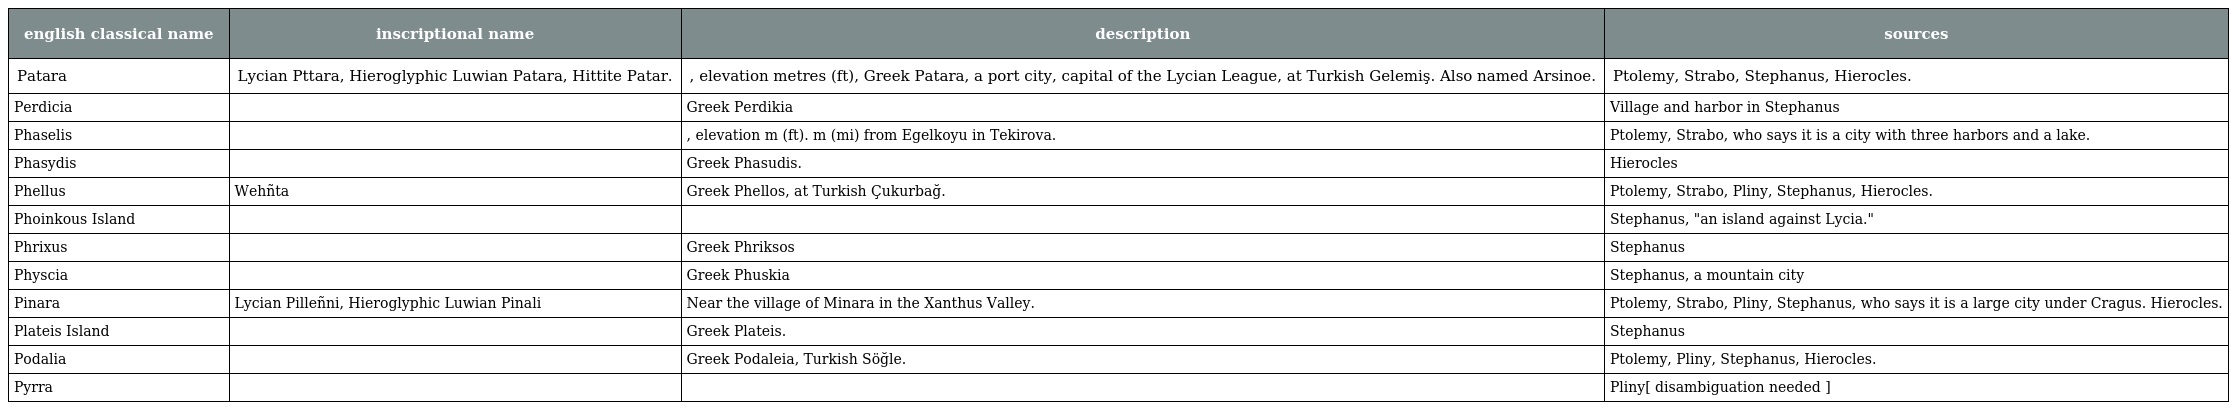
| english classical name | inscriptional name | description | sources |
 | --- | --- | --- | --- |
 | Patara | Lycian Pttara, Hieroglyphic Luwian Patara, Hittite Patar. | , elevation metres (ft), Greek Patara, a port city, capital of the Lycian League, at Turkish Gelemiş. Also named Arsinoe. | Ptolemy, Strabo, Stephanus, Hierocles. |
 | Perdicia |  | Greek Perdikia | Village and harbor in Stephanus |
 | Phaselis |  | , elevation m (ft). m (mi) from Egelkoyu in Tekirova. | Ptolemy, Strabo, who says it is a city with three harbors and a lake. |
 | Phasydis |  | Greek Phasudis. | Hierocles |
 | Phellus | Wehñta | Greek Phellos, at Turkish Çukurbağ. | Ptolemy, Strabo, Pliny, Stephanus, Hierocles. |
 | Phoinkous Island |  |  | Stephanus, "an island against Lycia." |
 | Phrixus |  | Greek Phriksos | Stephanus |
 | Physcia |  | Greek Phuskia | Stephanus, a mountain city |
 | Pinara | Lycian Pilleñni, Hieroglyphic Luwian Pinali | Near the village of Minara in the Xanthus Valley. | Ptolemy, Strabo, Pliny, Stephanus, who says it is a large city under Cragus. Hierocles. |
 | Plateis Island |  | Greek Plateis. | Stephanus |
 | Podalia |  | Greek Podaleia, Turkish Söğle. | Ptolemy, Pliny, Stephanus, Hierocles. |
 | Pyrra |  |  | Pliny[ disambiguation needed ] |